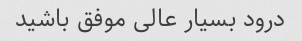
درود بسیار عالی موفق باشید